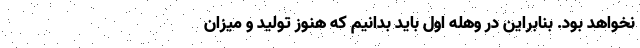
نخواهد بود. بنابراین در وهله اول باید بدانیم که هنوز تولید و میزان